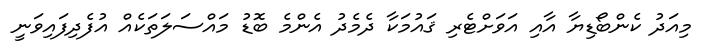
މިއަދު ކެންބޯޑިޔާ އާއި އަވަށްޓެރި ޤައުމަކާ ދެމެދު އެންމެ ބޮޑު މައްސަލަތަކެއް އުފެދިފައިވަނީ